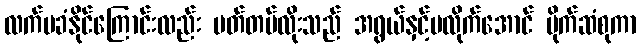
လက်မခံနိုင်ကြောင်းလည်း မတ်တပ်လိုးသည် အရွယ်နှင့်မလိုက်အောင် ပိုက်ဆံစုကာ